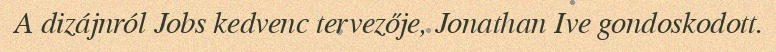
A dizájnról Jobs kedvenc tervezője, Jonathan Ive gondoskodott.